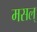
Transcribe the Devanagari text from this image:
मसल्‌